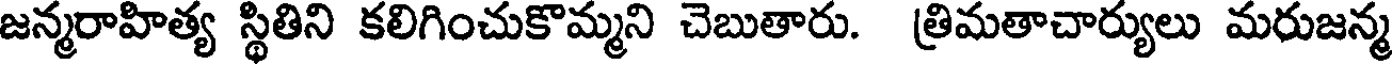
జన్మరాహిత్య స్థితిని కలిగించుకొమ్మని చెబుతారు. త్రిమతాచార్యులు మరుజన్మ